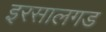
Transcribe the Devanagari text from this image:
इरसालगड